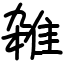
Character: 雑